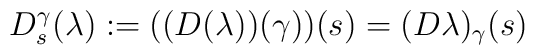
D_{s}^{\gamma}(\lambda) := \bigl( (D(\lambda))(\gamma) \bigr) (s)  = (D\lambda)_\gamma(s)